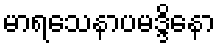
မာရသေနာပမဒ္ဒိနော